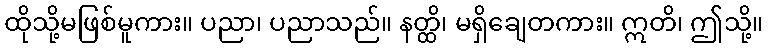
ထိုသို့မဖြစ်မူကား။ ပညာ၊ ပညာသည်။ နတ္ထိ၊ မရှိချေတကား။ ဣတိ၊ ဤသို့။